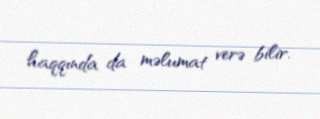
haqqında da məlumat verə bilir.